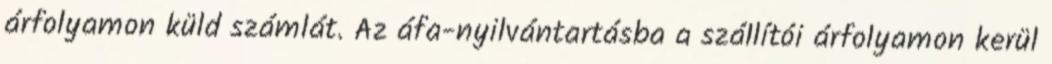
árfolyamon küld számlát. Az áfa-nyilvántartásba a szállítói árfolyamon kerül